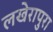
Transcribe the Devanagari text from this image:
लखेरापुरा